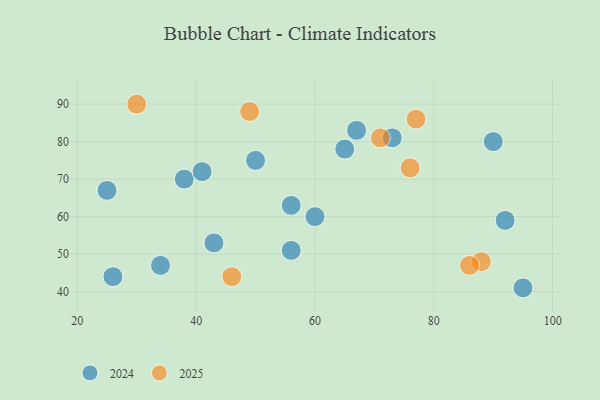
{"axis": {"x": "GDP", "y": "Life Expectancy"}, "legend": ["2024", "2025"], "data": [{"x": "46", "y": 44, "type": "2025"}, {"x": "71", "y": 81, "type": "2025"}, {"x": "77", "y": 86, "type": "2025"}, {"x": "49", "y": 88, "type": "2025"}, {"x": "30", "y": 90, "type": "2025"}, {"x": "76", "y": 73, "type": "2025"}, {"x": "88", "y": 48, "type": "2025"}, {"x": "86", "y": 47, "type": "2025"}, {"x": "56", "y": 51, "type": "2024"}, {"x": "73", "y": 81, "type": "2024"}, {"x": "38", "y": 70, "type": "2024"}, {"x": "60", "y": 60, "type": "2024"}, {"x": "90", "y": 80, "type": "2024"}, {"x": "56", "y": 63, "type": "2024"}, {"x": "95", "y": 41, "type": "2024"}, {"x": "41", "y": 72, "type": "2024"}, {"x": "34", "y": 47, "type": "2024"}, {"x": "43", "y": 53, "type": "2024"}, {"x": "50", "y": 75, "type": "2024"}, {"x": "25", "y": 67, "type": "2024"}, {"x": "26", "y": 44, "type": "2024"}, {"x": "92", "y": 59, "type": "2024"}, {"x": "67", "y": 83, "type": "2024"}, {"x": "65", "y": 78, "type": "2024"}]}